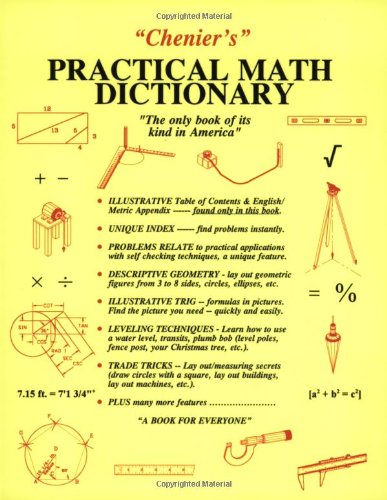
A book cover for Chenier's Practical Math Dictionary; Norman J. Chenier; Science & Math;